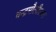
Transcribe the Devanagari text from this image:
चन्‍द्रमौलीश्‍वरा